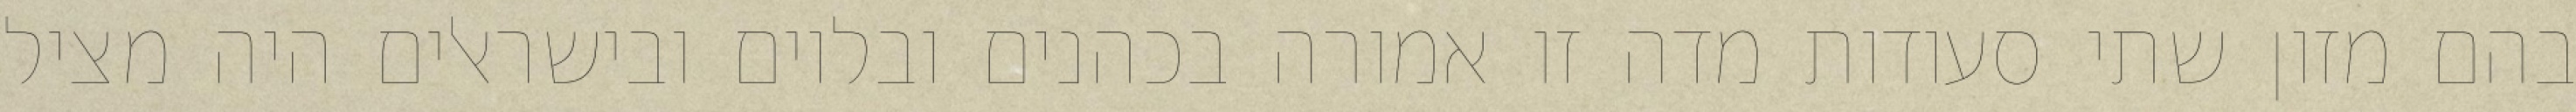
בהם מזון שתי סעודות מדה זו אמורה בכהנים ובלוים ובישראלים היה מציל